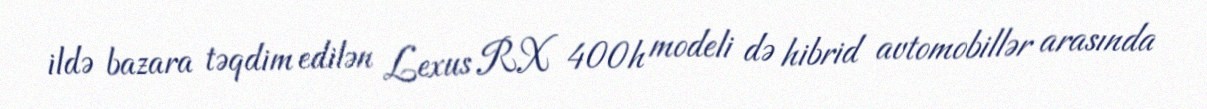
ildə bazara təqdim edilən Lexus RX 400h modeli də hibrid avtomobillər arasında